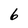
Character: 6